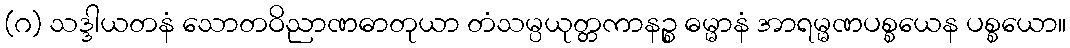
(ဂ) သဒ္ဒါယတနံ သောတဝိညာဏဓာတုယာ တံသမ္ပယုတ္တကာနဉ္စ ဓမ္မာနံ အာရမ္မဏပစ္စယေန ပစ္စယော။